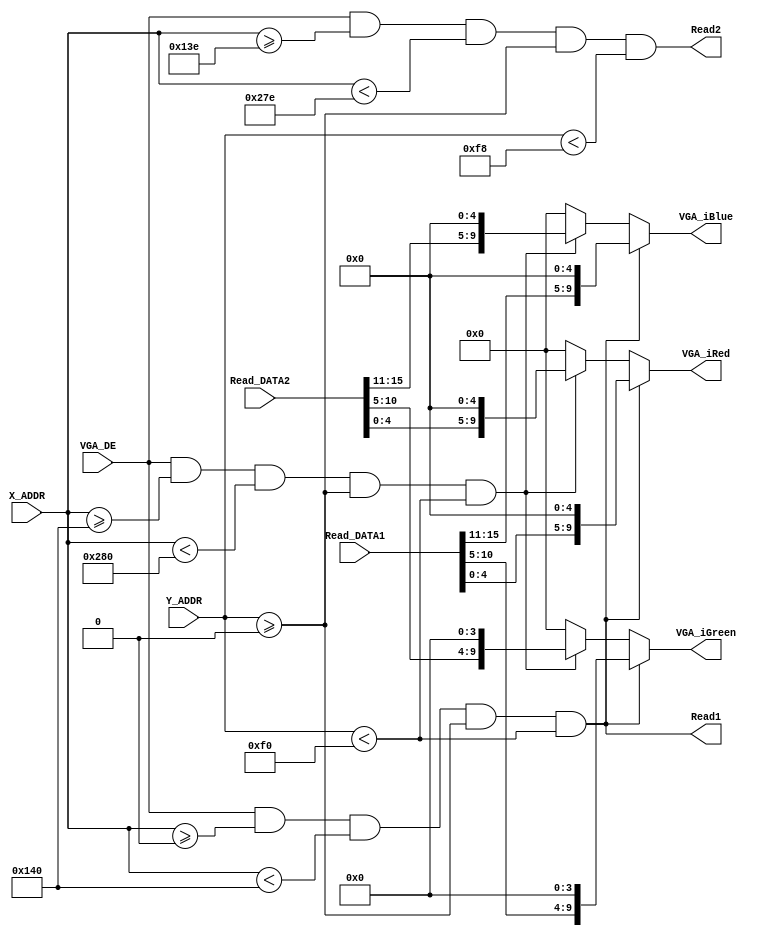
//  
//    VGA_Controller.v      "xy" 
//       Sdram_Control_4Port.v "Read_DATA1[15:0]  Read_DATA2[15:0]" ;
// -->
//     VGA_Controller.v      RGB
//        Sdram_Control_4Port.v RD2(READ2)   [RD1(READ1)VGA_Controller.v]

module getRGB (
    //input
    input  wire        [  10:0]         X_ADDR                     ,
    input  wire        [  10:0]         Y_ADDR                     ,
    input  wire        [  15:0]         Read_DATA1                 ,
    input  wire        [  15:0]         Read_DATA2                 ,
    input  wire                         VGA_DE                     ,
    //output
    output reg         [   9:0]         VGA_iRed                   ,
    output reg         [   9:0]         VGA_iGreen                 ,
    output reg         [   9:0]         VGA_iBlue                  ,
    output wire                         Read1                      ,
    output wire                         Read2                       
);

wire                   [   9:0]         Read_DATA1_R,Read_DATA1_G,Read_DATA1_B;
wire                   [   9:0]         Read_DATA2_R,Read_DATA2_G,Read_DATA2_B;

assign Read_DATA1_R = {Read_DATA1[ 4: 0], 5'd0};
assign Read_DATA1_G = {Read_DATA1[10: 5], 4'd0};
assign Read_DATA1_B = {Read_DATA1[15:11], 5'd0};
assign Read_DATA2_R = {Read_DATA2[ 4: 0], 5'd0};
assign Read_DATA2_G = {Read_DATA2[10: 5], 4'd0};
assign Read_DATA2_B = {Read_DATA2[15:11], 5'd0};

///////////////640*480////////////////
assign Pic_1 = VGA_DE && (X_ADDR>=0    ) && (X_ADDR<320   ) && (Y_ADDR>=0) && (Y_ADDR<240  );//  pic_1 
assign Read1 = VGA_DE && (X_ADDR>=0    ) && (X_ADDR<320   ) && (Y_ADDR>=0) && (Y_ADDR<240  );
assign Pic_2 = VGA_DE && (X_ADDR>=320  ) && (X_ADDR<640   ) && (Y_ADDR>=0) && (Y_ADDR<240  );//  pic_2 
assign Read2 = VGA_DE && (X_ADDR>=320-2) && (X_ADDR<640-2 ) && (Y_ADDR>=0) && (Y_ADDR<240+8);

always @(*) begin
    if (Pic_1) begin
        VGA_iRed   = Read_DATA1_R;
        VGA_iGreen = Read_DATA1_G;
        VGA_iBlue  = Read_DATA1_B;
    end
    else if (Pic_2) begin
        VGA_iRed   = Read_DATA2_R;
        VGA_iGreen = Read_DATA2_G;
        VGA_iBlue  = Read_DATA2_B;
    end
    else begin
        VGA_iRed   = 'd0;
        VGA_iGreen = 'd0;
        VGA_iBlue  = 'd0;
    end
end

endmodule